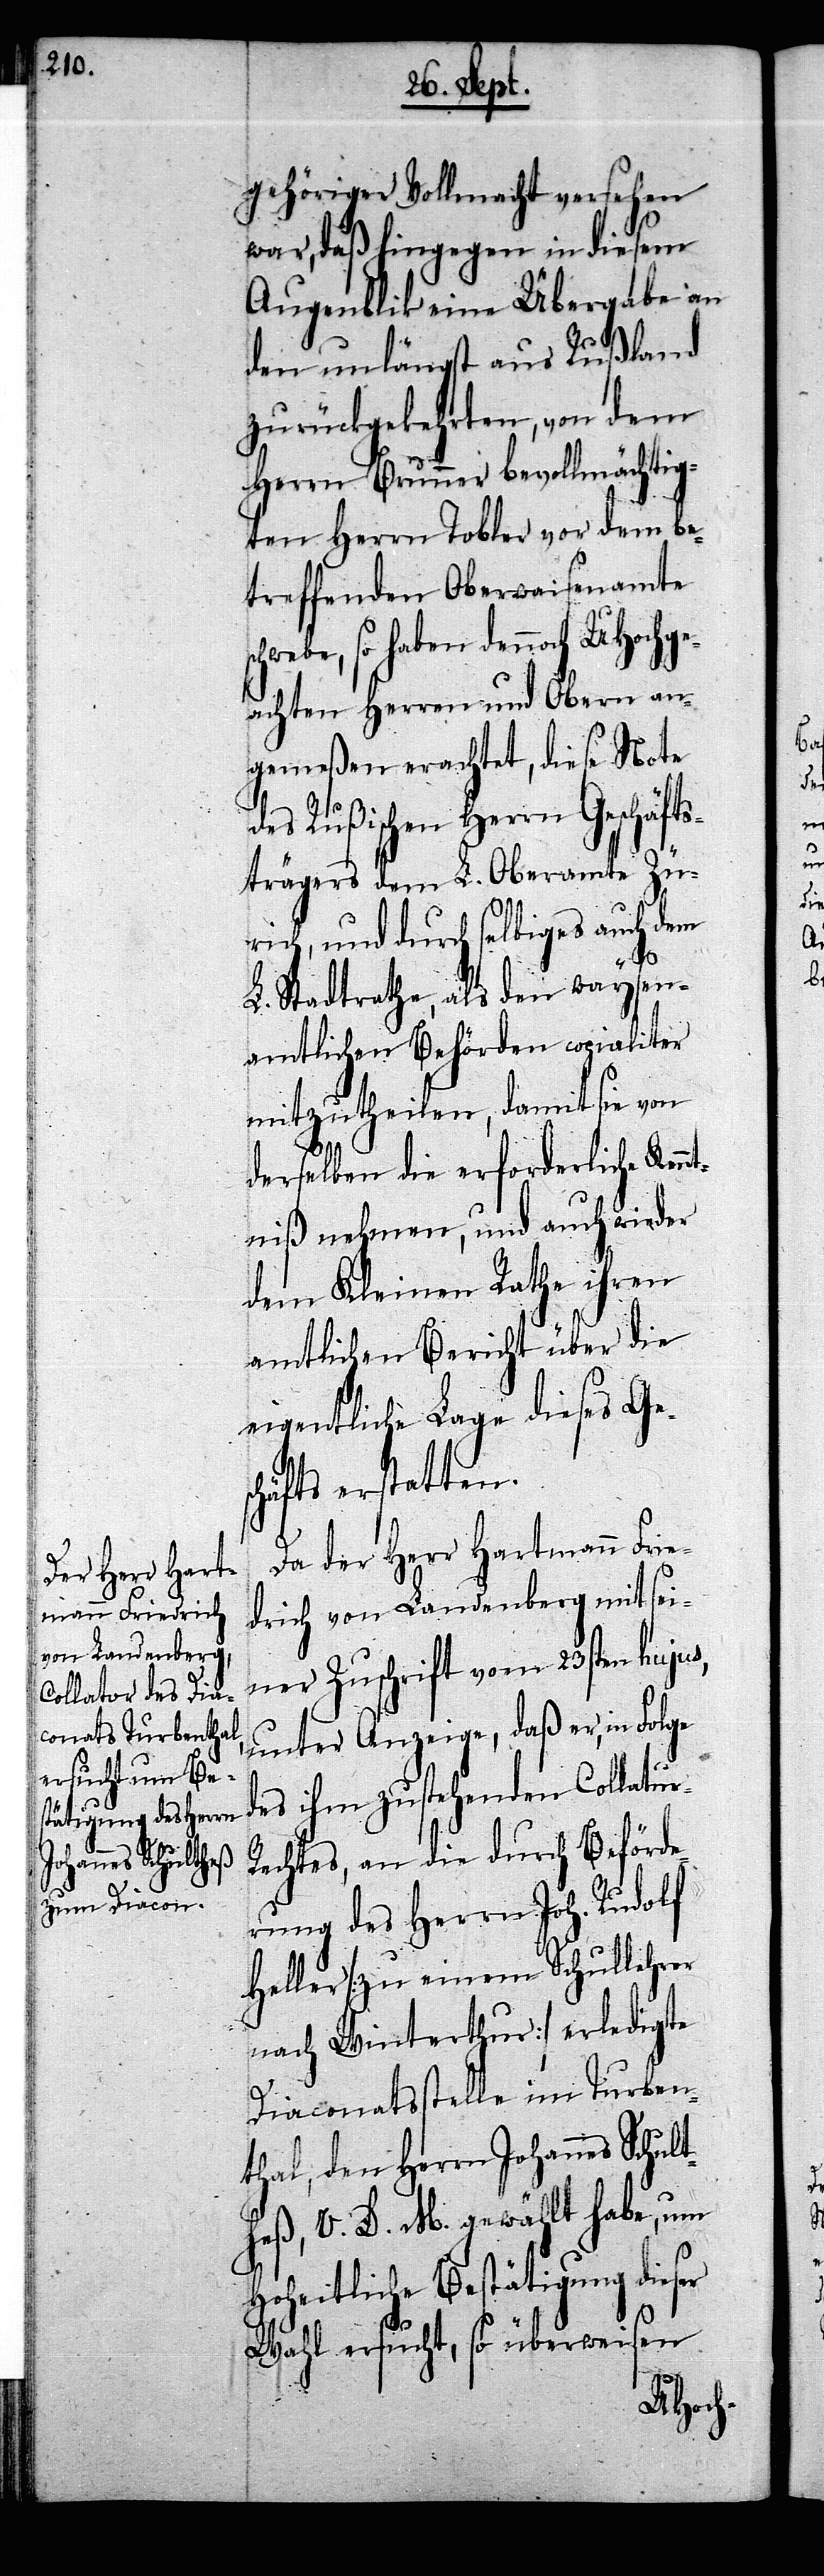
gehöriger Vollmacht versehen
war, daß hingegen in diesem
Augenblik eine Übergabe an
den unlängst aus Rußland
zurückgekehrten, von dem
Herrn Brunner bevollmächtig¬
ten Herrn Tobler vor dem be¬
treffenden Oberwaisenamte
chwebe, so haben dennoch UHochge¬
achten Herren und Obern an¬
gemeßen erachtet, diese Note
des Rußischen Herrn Geschäfts¬
trägers dem L. Oberamte Zü¬
rich, und durch selbiges auch dem
er
L. Stadtrathe, als den waysen¬
amtlichen Behörden copialiter
mitzutheilen, damit sie von
derselben die erforderliche Ken¬
ntniß nehmen, und auch wieder
dem Kleinen Rathe ihren
amtlichen Bericht über die
eigentliche Lage dieses Ges¬
chäfts erstatten.
Da der Herr Hartmann Frie¬
drich von Landenberg mit sei¬
ner Zuschrift vom 23sten hujus,
unter Anzeige, daß er, in Folge
des ihm zustehenden Collatur-R¬
echtes, an die durch Beförde¬
rung des Herrn Joh. Rudolf
Heller [zu einem Schullehrer
nach Winterthur] erledigte
Diaconatsstelle im Turben¬
thal, den Herrn Johannes Schult¬
heß, V. D. M. gewählt habe, um
Hoheitliche Bestätigung dies¬
Wahl ersucht, so überweisen